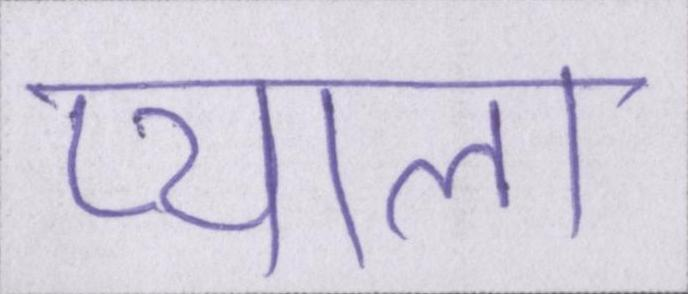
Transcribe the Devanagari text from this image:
प्याला